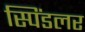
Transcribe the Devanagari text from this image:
स्पिंडलर